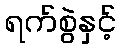
ရက်စွဲနှင့်